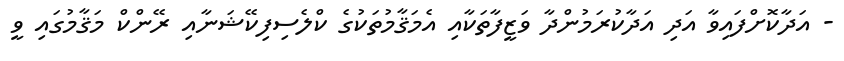
- އަދާކޮށްފައިވާ އަދި އަދާކުރަމުންދާ ވަޒީފާތަކާއި އެމަޤާމުތަކުގެ ކްލެސިފިކޭޝަނާއި ރޭންކް މަޤާމުގައި ވީ